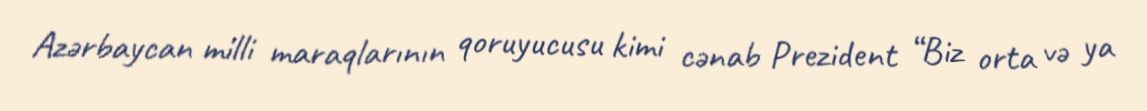
Azərbaycan milli maraqlarının qoruyucusu kimi cənab Prezident “Biz orta və ya